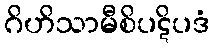
ဂိဟိသာမီစိပဋိပဒံ